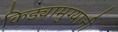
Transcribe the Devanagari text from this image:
किड्यामुग्यानी